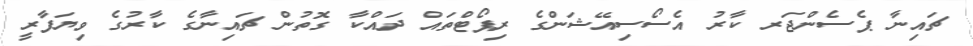
ޗައިނާ ޕެސެންޖަރ ކާރު އެސޯސިއޭޝަންގެ ރިޕޯޓްތައް ދައްކާ ގޮތުން ޗައިނާގެ ކާރުގެ ވިޔަފާރީ